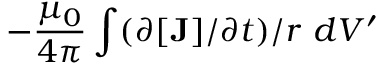
- \frac { \mu _ { 0 } } { 4 \pi } \int ( \partial [ { \mathbf J } ] / \partial t ) / r \ d V ^ { \prime }